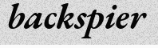
backspier